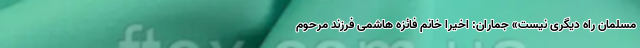
مسلمان راه دیگری نیست» جماران: اخیرا خانم فائزه هاشمی فرزند مرحوم